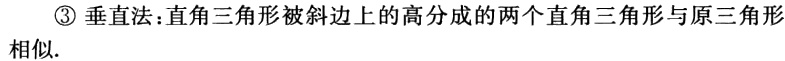
\textcircled{3} 垂直法：直角三角形被斜边上的高分成的两个直角三角形与原三角形相似.